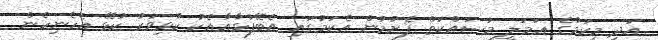
އަދި މިކަމުގެ ޢަމަލީ މަސައްކަތް ފެށުމުން އެކަމުގައި އެބޭފުޅާއާއެކު ކުޅިވަރު ކުޅޭ އެހެނިހެން